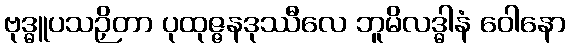
ဗုဒ္ဓူပသဉှိတာ ပုထုဇ္ဇနဒုဿီလေ ဘူမိလဒ္ဓါနံ ဝေါနော